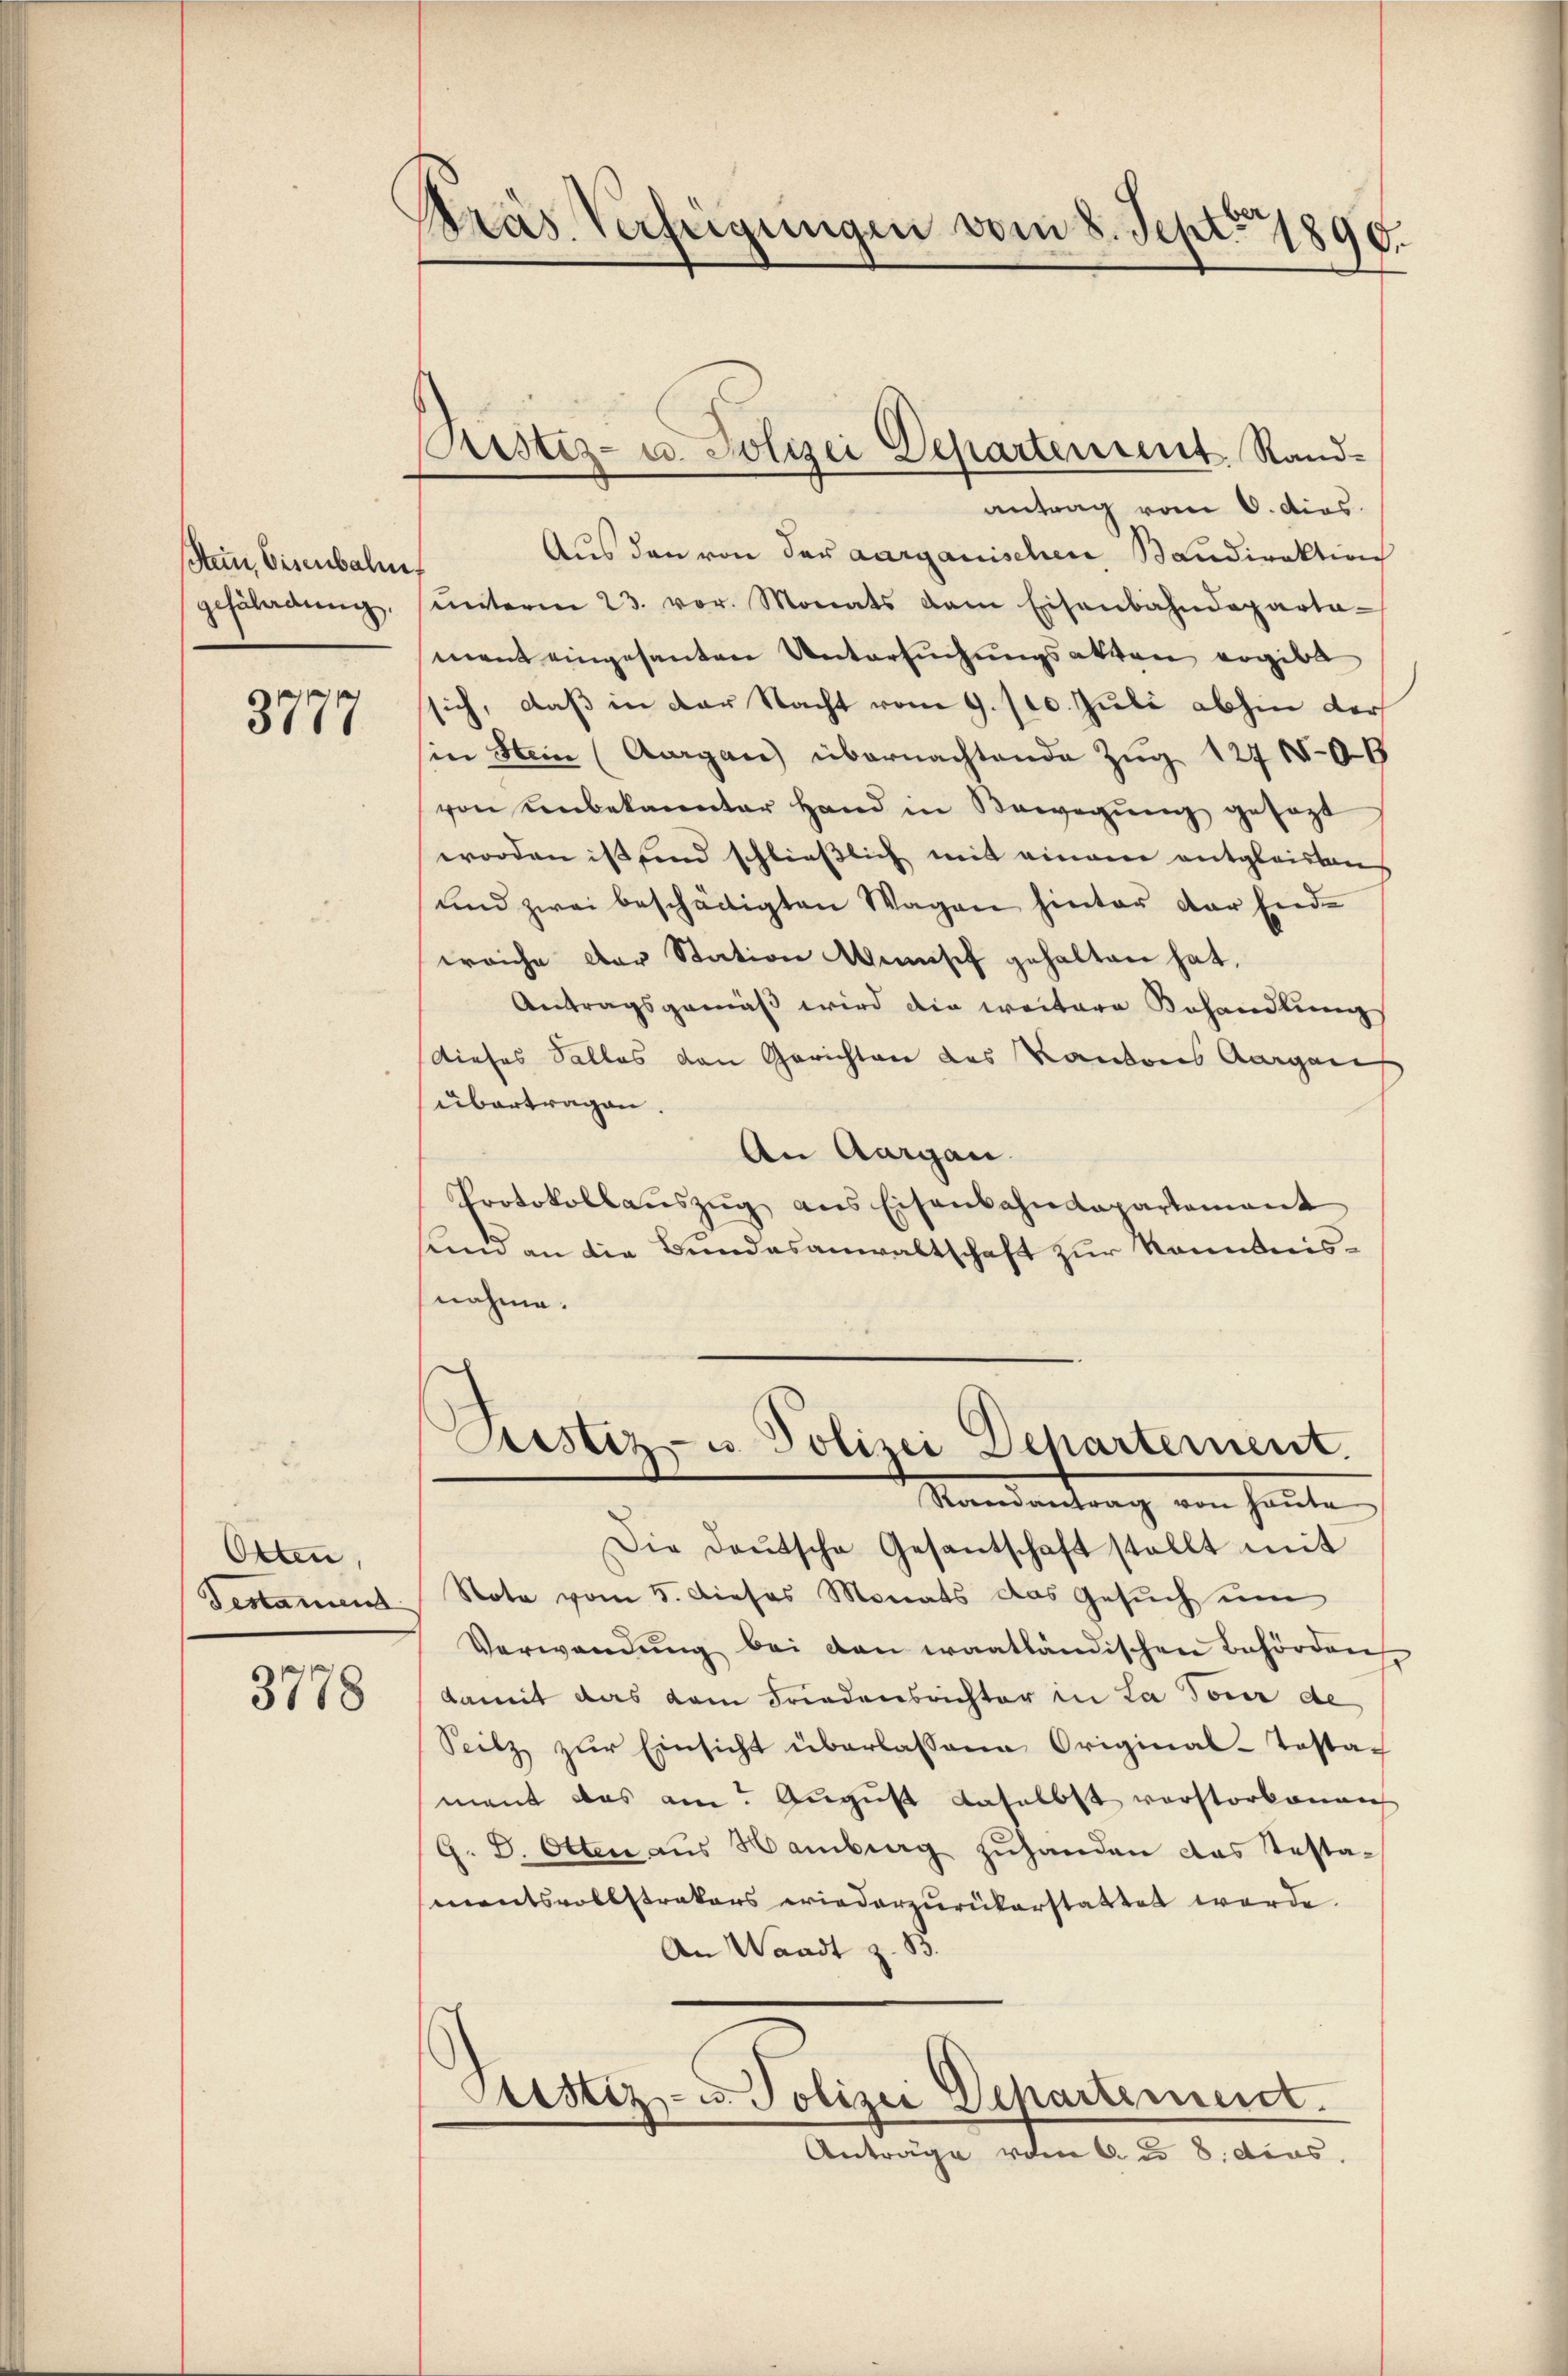
Stein Eisenbahn,
gefährdung.

3777

Otten,
Testament

3778

Pras Verfügungen vom 8. Sept. 1890.

Cristiz- u. Polizei Departement Rand¬

antrag vom 6. dies
Aus den von der aargauischen Baudirektion
ŭnterm 23. vor. Monats dem Eisenbahndeparta-
ment eingesanten Untersuchungsakten ergibt
sich, daß in der Nacht vom 9. 110. Juli abhin der
in Stein (Aargau übernachtende Zŭg 1271406
von unbekannter Hand in Bewegung gesezt
worden ist sind schließlich mit einem entgleistens
und zwei beschädigten Wagen hinter der End-
weiche der Station Minisch gehalten hat,
Antragsgemäß wird die weitere Behandlung
dieses Salles den Gerichten des Kantons Aargare
übertragen.
An Aargau.
Protokollaŭszŭg ans Eisenbahndepartement
sinn an die Bundesanwaltschaft zur Kenntnisnahme.

Justiz- u. Polizei Departement.
Randantrag von heute

Die Deutsche Gesantschaft stellt mit
Note vom 5. Dieses Monats das Gesŭch ŭm
Verwandŭng bei den waatländischen Behörden
damit das kam Friedensrichter in La Tour de
Seilz zur Einsicht überlassene Original-Testach
mant das am August daselbst verstorbenen
G. D. Otten aŭs Hamburg zŭhanden das Testa-
mentsvollstrakers wiederzurükerstattet werde.
An Waadt z. B.
Gustiz- u. Polizei Departement.
Anträge vom 6. d. 8. dcos.